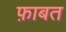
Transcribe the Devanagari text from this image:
फ़ाबत